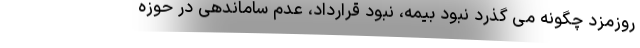
روزمزد چگونه می گذرد نبود بیمه، نبود قرارداد، عدم ساماندهی در حوزه